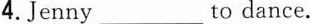
4.Jenny___to dance.